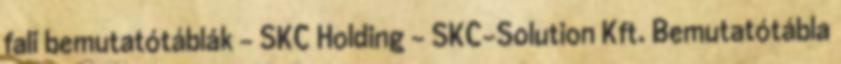
fali bemutatótáblák - SKC Holding - SKC-Solution Kft. Bemutatótábla